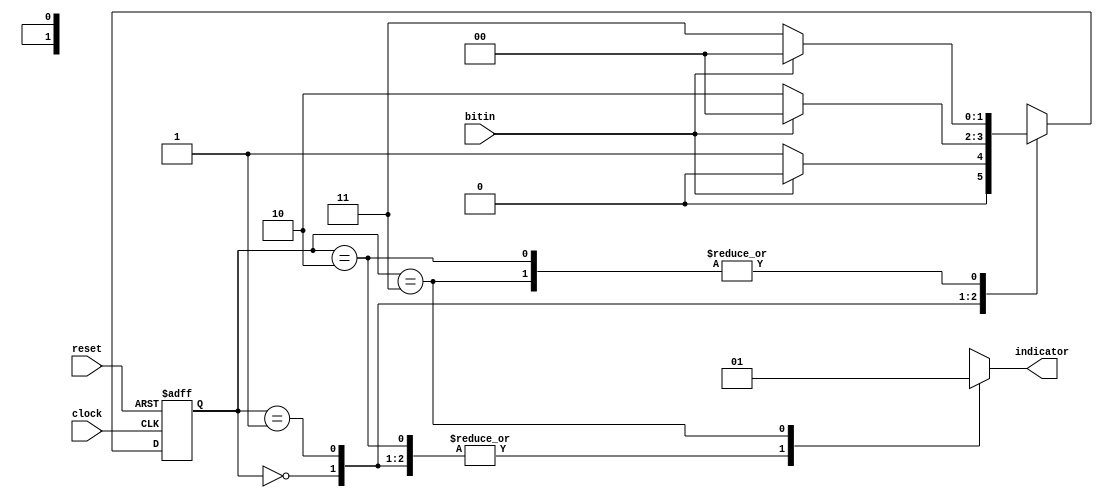
`timescale 1ns / 100ps

module detect_3zero(
  input wire bitin,
  input wire clock,
  input wire reset,
  output reg indicator
  );

    reg [1:0] cstate, nstate;
  
    parameter s0=2'b00,
                s1=2'b01,
                s2=2'b10,
                s3=2'b11;
  
    always@(posedge clock or negedge reset) begin
      if(reset == 1'b0)
        cstate<=s0;
      else
        cstate<=nstate;
    end
  
    always@(bitin or cstate) begin
      case(cstate)
        s0:begin
          if(bitin) nstate=s0;
          else nstate=s1;
          indicator=0;
        end
        s1:begin
          if(bitin) nstate=s0;
          else nstate=s2;
          indicator=0;
        end
        s2:begin
          if(bitin) nstate=s0;
          else nstate=s3;
          indicator=0;
        end
        s3:begin
          if(bitin) nstate=s0;
          else nstate=s3;
          indicator=1;
        end
        default:begin
          nstate=s0;
          indicator=0;
        end
      endcase 
    end
endmodule